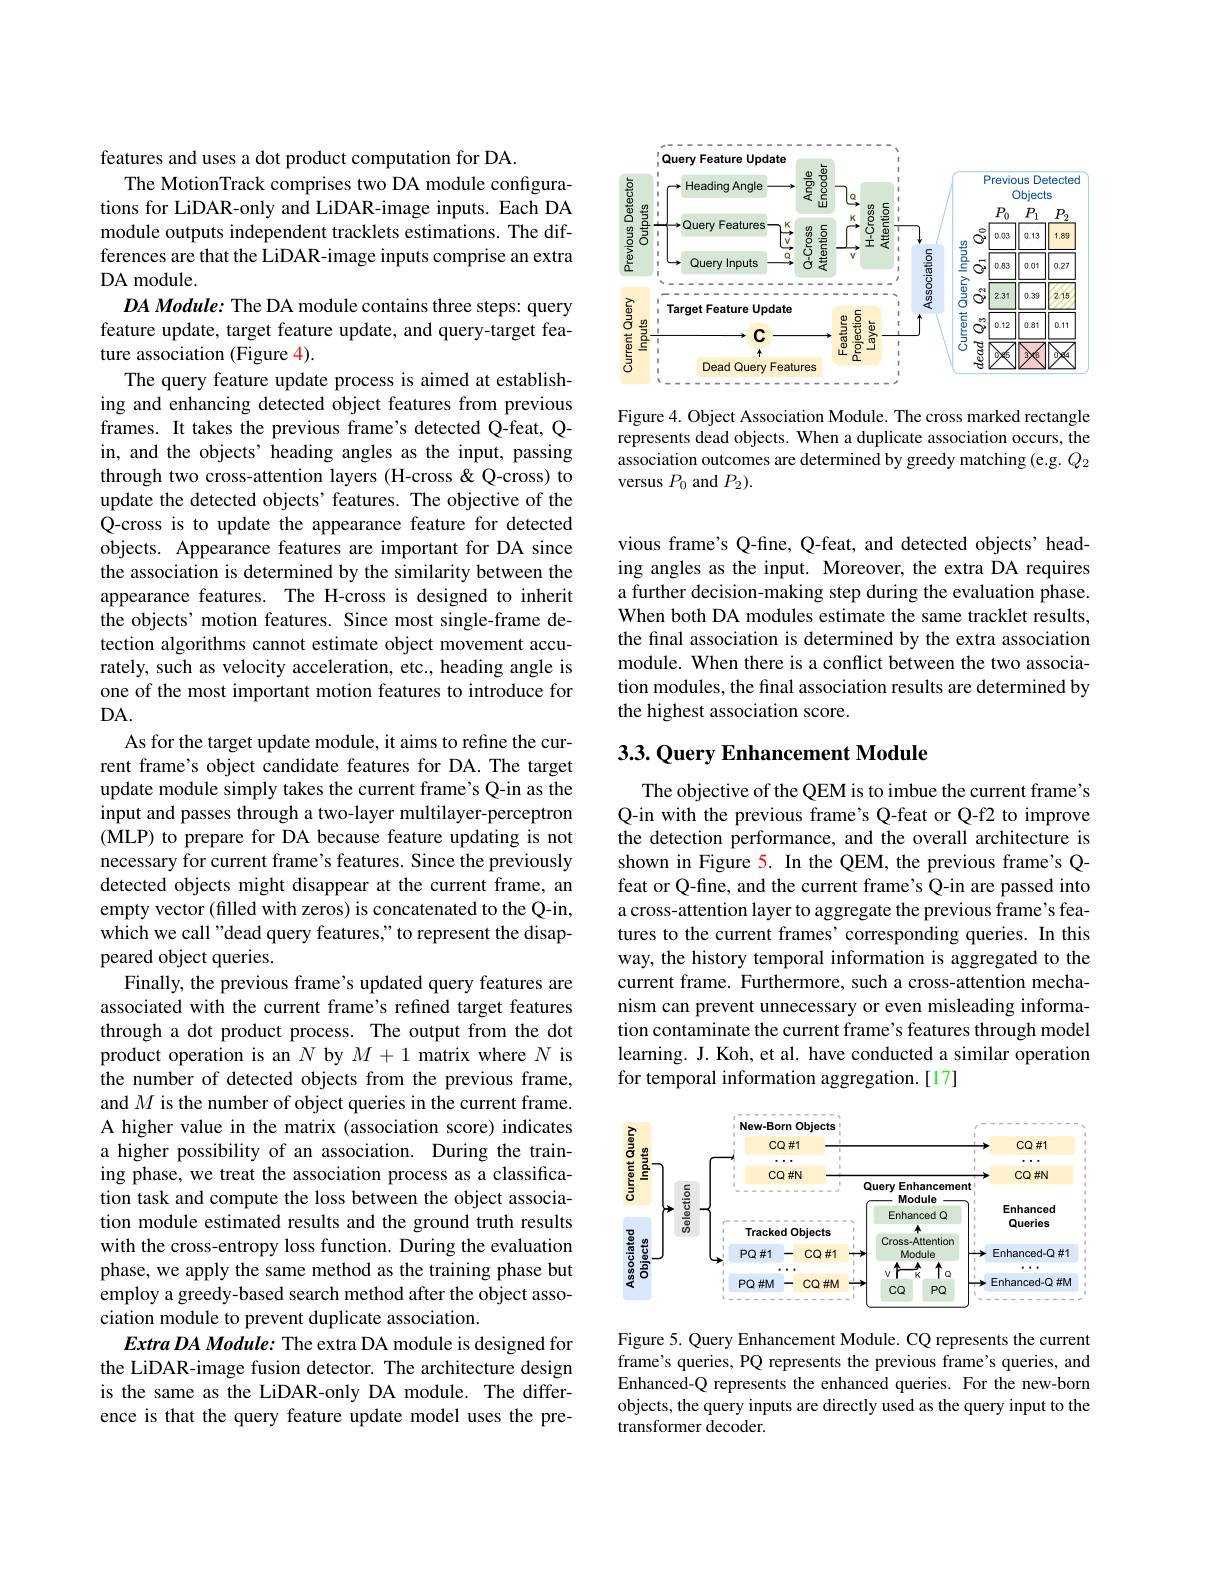
features and uses a dot product computation for DA.
The MotionTrack comprises two DA module configurations for LiDAR-only and LiDAR-image inputs. Each DA module outputs independent tracklets estimations. The differences are that the LiDAR-image inputs comprise an extra DA module.
DA Module: The DA module contains three steps: query feature update, target feature update, and query-target feature association (Figure 4).
The query feature update process is aimed at establishing and enhancing detected object features from previous frames. It takes the previous frame's detected Q-feat, Qin, and the objects’ heading angles as the input, passing through two cross-attention layers (H-cross &Q-cross) to update the detected objects' features. The objective of the Q-cross is to update the appearance feature for detected objects. Appearance features are important for DA since the association is determined by the similarity between the appearance features. The H-cross is designed to inherit the objects' motion features. Since most single-frame detection algorithms cannot estimate object movement accurately, such as velocity acceleration, etc., heading angle is one of the most important motion features to introduce for $DA.$
As for the target update module, it aims to refine the current frame's object candidate features for DA. The target update module simply takes the current frame's Q-in as the input and passes through a two-layer multilayer-perceptron (MLP) to prepare for DA because feature updating is not necessary for current frame's features. Since the previously detected objects might disappear at the current frame, an empty vector (filled with zeros) is concatenated to the Q-in, which we call "dead query features,"to represent the disappeared object queries.
Finally, the previous frame's updated query features are associated with the current frame's refined target features through a dot product process. The output from the dot product operation is an $N$ by $M+1$ matrix where $N$ is the number of detected objects from the previous frame, and $M$ is the number of object queries in the current frame. A higher value in the matrix (association score) indicates a higher possibility of an association. During the training phase, we treat the association process as a classification task and compute the loss between the object association module estimated results and the ground truth results with the cross-entropy loss function. During the evaluation phase, we apply the same method as the training phase but employ a greedy-based search method after the object association module to prevent duplicate association.
Extra DA Module: The extra DA module is designed for the LiDAR-image fusion detector. The architecture design is the same as the LiDAR-only DA module. The difference is that the query feature update model uses the pre-

<FigureHere>

Figure 4. Object Association Module. The cross marked rectangle represents dead objects. When a duplicate association occurs, the association outcomes are determined by greedy matching (e.g. $Q_2$ versus $P_0$ and $P_2).$

vious frame's Q-fine, Q-feat, and detected objects’heading angles as the input. Moreover, the extra DA requires a further decision-making step during the evaluation phase. When both DA modules estimate the same tracklet results, the final association is determined by the extra association module. When there is a conflict between the two association modules, the final association results are determined by the highest association score.

## 3.3. Query Enhancement Module

The objective of the QEM is to imbue the current frame's Q-in with the previous frame's Q-feat or Q-f2 to improve the detection performance, and the overall architecture is shown in Figure 5. In the QEM, the previous frame's Qfeat or Q-fine, and the current frame's Q-in are passed into a cross-attention layer to aggregate the previous frame's features to the current frames'corresponding queries. In this way, the history temporal information is aggregated to the current frame. Furthermore, such a cross-attention mechanism can prevent unnecessary or even misleading information contaminate the current frame's features through model learning. J. Koh, et al. have conducted a similar operation for temporal information aggregation.[17]

<FigureHere>

Figure 5. Query Enhancement Module. CQ represents the current frame's queries, PQ represents the previous frame's queries, and Enhanced-Q represents the enhanced queries. For the new-born objects, the query inputs are directly used as the query input to the transformer decoder.